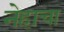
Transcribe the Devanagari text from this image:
नेहाचा